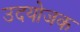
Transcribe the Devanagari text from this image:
उदयोजक